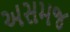
અસમજ